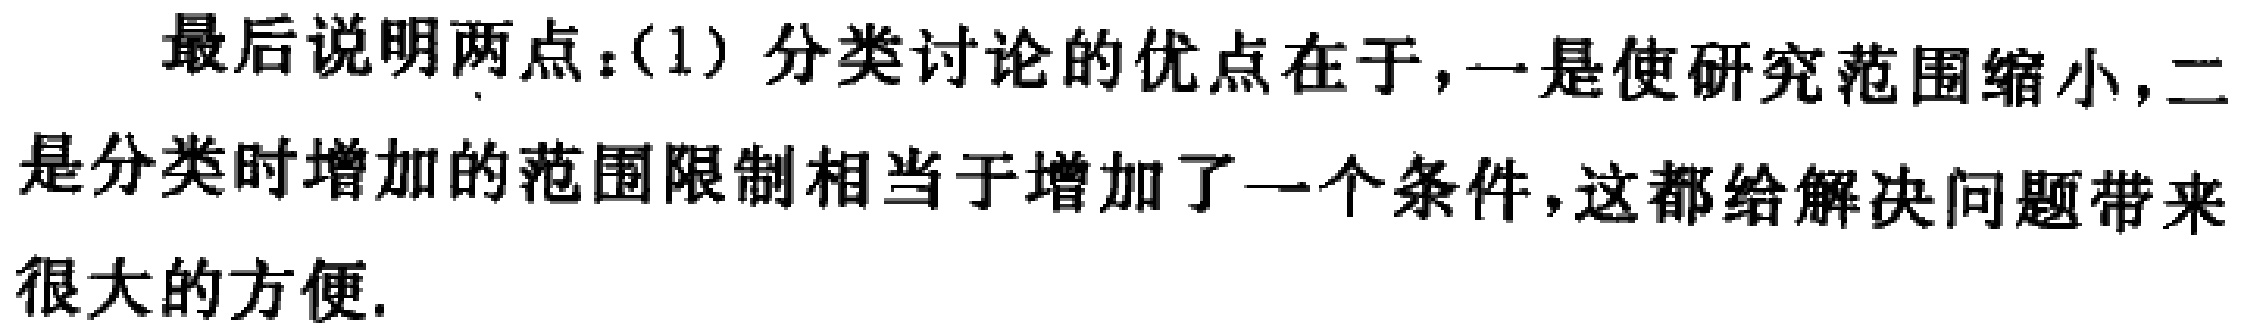
最后说明两点：(1) 分类讨论的优点在于，一是使研究范围缩小，二是分类时增加的范围限制相当于增加了一个条件，这都给解决问题带来很大的方便.